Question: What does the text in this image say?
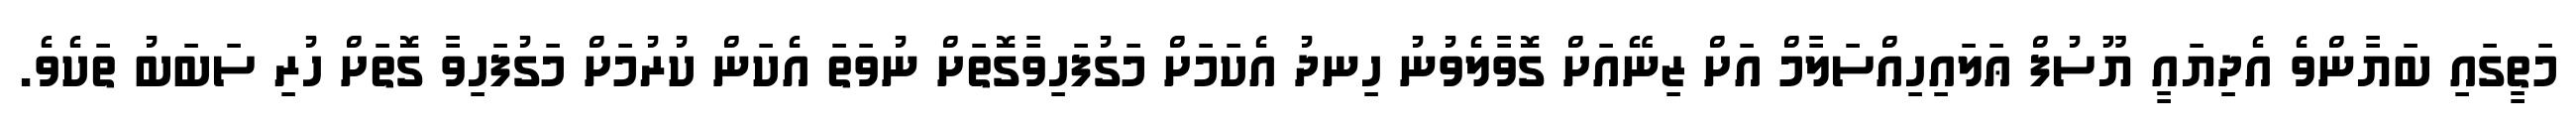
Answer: މަތީގައި ބަޔާންވެ އެދިޔައީ ޔޫސުފް ޢަލައިހިއްސަލާމް އަށް ޒިނޭއަށް ގޮވާލެވުނު ހިނދު އެކަމަށް މަގުފަހިވާގޮތަށް ނުވަތަ އެކަން ކުރުމަށް މަގުފަހިވާ ގޮތަށް ހުރި ސަބަބު ތަކެވެ.